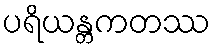
ပရိယန္တကတဿ